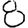
Digit: 8